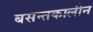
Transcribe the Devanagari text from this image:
बसन्तकालीन